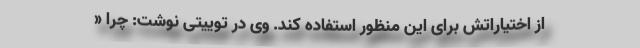
از اختیاراتش برای این منظور استفاده کند. وی در توییتی نوشت: چرا «